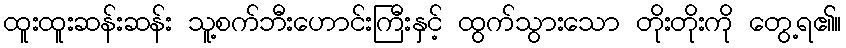
ထူးထူးဆန်းဆန်း သူ့စက်ဘီးဟောင်းကြီးနှင့် ထွက်သွားသော တိုးတိုးကို တွေ့ရ၏။